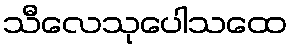
သီလေသုပေါသထေ